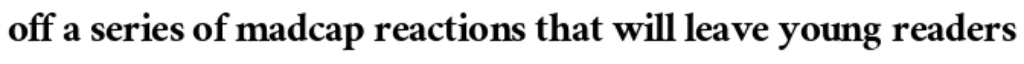
off a series of madcap reactions that will leave young readers